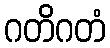
ဂတိဂတံ